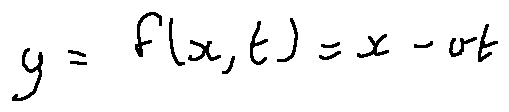
y = f ( x , t ) = x - v t